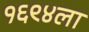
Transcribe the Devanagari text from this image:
१६९४ला